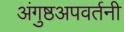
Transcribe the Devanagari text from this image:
अंगुष्ठअपवर्तनी